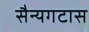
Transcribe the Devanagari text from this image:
सैन्यगटास